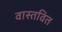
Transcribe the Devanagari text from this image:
वास्तवित